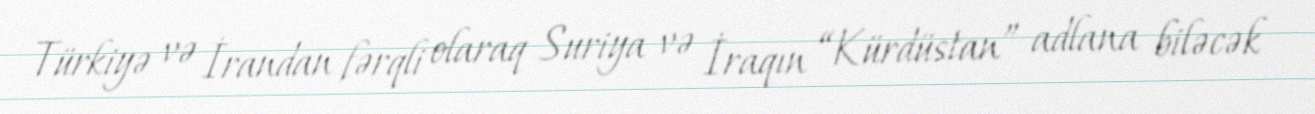
Türkiyə və İrandan fərqli olaraq Suriya və İraqın “Kürdüstan” adlana biləcək